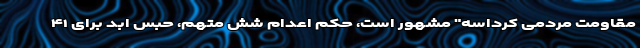
مقاومت مردمی کرداسه" مشهور است، حکم اعدام شش متهم، حبس ابد برای ۴۱